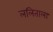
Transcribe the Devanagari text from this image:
ललिताला